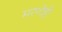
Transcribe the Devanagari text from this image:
मरणेही